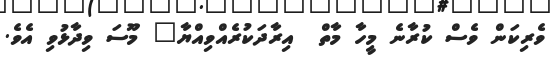
ވެރިކަން ވެސް ކުރާނެ މީހާ މާތް  އިރާދަކުރެއްވިއްޔާ" މޫސަ ވިދާޅުވި އެވެ.